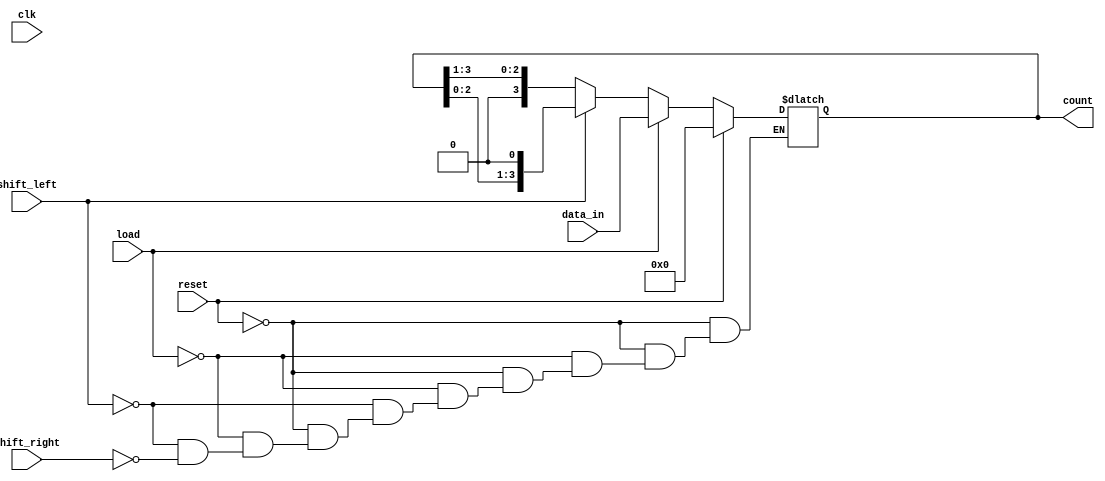
module async_shift_counter (
    input wire clk,          // Clock input
    input wire reset,        // Asynchronous reset
    input wire load,         // Load enable
    input wire [3:0] data_in,// Data input for loading
    input wire shift_left,    // Control signal for shifting left
    input wire shift_right,   // Control signal for shifting right
    output reg [3:0] count    // Current count value (output)
);

    // Asynchronous reset and load logic
    always @* begin
        if (reset) begin
            count = 4'b0000;  // Reset the count to 0
        end else if (load) begin
            count = data_in;  // Load the input data
        end else begin
            // Shift left or right based on control signals
            if (shift_left) begin
                count = {count[2:0], 1'b0}; // Shift left and fill with 0
            end else if (shift_right) begin
                count = {1'b0, count[3:1]}; // Shift right and fill with 0
            end
            // If neither shift nor reset nor load, hold current value
        end
    end

endmodule